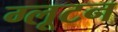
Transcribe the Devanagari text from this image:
ग्लूटन